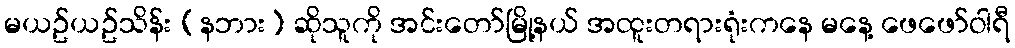
မယဥ်ယဥ်သိန်း (နဘား) ဆိုသူကို အင်းတော်မြို့နယ် အထူးတရားရုံးကနေ မနေ့ ဖေဖော်ဝါရီ